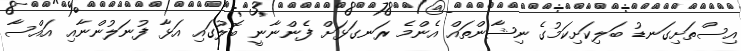
އިސްތަށިގަނޑު ބަލިކަށިކަމުގެ ނިޝާންތައް އެންމެ ރަނގަޅަށް ފެންނާނީ ބޮލުގައި އަޅާ ފުނަލުންނާއި އައްސާ